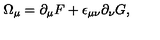
\Omega _ { \mu } = \partial _ { \mu } F + \epsilon _ { \mu \nu } \partial _ { \nu } G ,